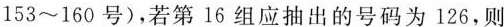
153~160号)，若第16组应抽出的号码为126，则